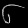
Digit: ၆